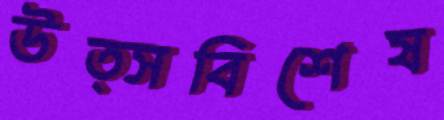
উত্সবিশেষ